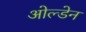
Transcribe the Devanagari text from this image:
ओल्डेन